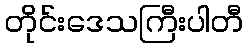
တိုင်းဒေသကြီးပါတီ